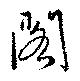
閣